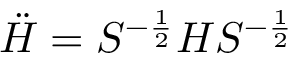
\ddot { H } = S ^ { - \frac { 1 } { 2 } } H S ^ { - \frac { 1 } { 2 } }